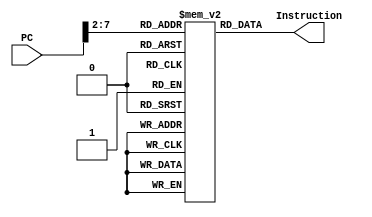
`timescale 1ns / 1ps
//////////////////////////////////////////////////////////////////////////////////
// Company: 
// Engineer: 
// 
// Design Name: 
// Module Name: IM
// Project Name: 
// Target Devices: 
// Tool Versions: 
// Description: 
// 
// Dependencies: 
// 
// Revision:
// Revision 0.01 - File Created
// Additional Comments:
// 
//////////////////////////////////////////////////////////////////////////////////


module IM(Instruction,PC);
output reg [31:0]Instruction;
input [31:0] PC;
wire [7:0] index;
reg [31:0] memory[0:63];
integer i;
initial begin
memory[0] = 32'b00100000000010000000000000100000; //addi $t0, $zero, 0x20
memory[1] = 32'b00100000000010010000000000110111; //addi $t1, $zero, 0x37
memory[2] = 32'b00000001000010011000000000100100; //and $s0, $t0, $t1
memory[3] = 32'b00000001000010011000000000100101; //or $s0, $t0, $t1
memory[4] = 32'b10101100000100000000000000000100; //sw $s0, 4($zero)
memory[5] = 32'b10101100000010000000000000001000; //sw $t0, 8($zero)
memory[6] = 32'b00000001000010011000100000100000; //add $s1, $t0, $t1
memory[7] = 32'b00000001000010011001000000100010; //sub $s2, $t0, $t1
memory[8] = 32'b00010010001100100000000000001001; //beq $s1, $s2, error0
memory[9] = 32'b10001100000100010000000000000100; //lw $s1, 4($zero)
memory[10]= 32'b00110010001100100000000001001000; //andi $s2, $s1, 0x48
memory[11] =32'b00010010001100100000000000001001; //beq $s1, $s2, error1
memory[12] =32'b10001100000100110000000000001000; //lw $s3, 8($zero)
memory[13] =32'b00010010000100110000000000001010; //beq $s0, $s3, error2
memory[14] =32'b00000010010100011010000000101010; //slt $s4, $s2, $s1 (Last)
memory[15] =32'b00010010100000000000000000001111; //beq $s4, $0, EXIT
memory[16] =32'b00000010001000001001000000100000; //add $s2, $s1, $0
memory[17] =32'b00001000000000000000000000001110; //j Last
memory[18] =32'b00100000000010000000000000000000; //addi $t0, $0, 0(error0)
memory[19] =32'b00100000000010010000000000000000; //addi $t1, $0, 0
memory[20] =32'b00001000000000000000000000011111; //j EXIT
memory[21] =32'b00100000000010000000000000000001; //addi $t0, $0, 1(error1)
memory[22] =32'b00100000000010010000000000000001; //addi $t1, $0, 1
memory[23] =32'b00001000000000000000000000011111; //j EXIT
memory[24] =32'b00100000000010000000000000000010; //addi $t0, $0, 2(error2)
memory[25] =32'b00100000000010010000000000000010; //addi $t1, $0, 2
memory[26] =32'b00001000000000000000000000011111; //j EXIT
memory[27] =32'b00100000000010000000000000000011; //addi $t0, $0, 3(error3)
memory[28] =32'b00100000000010010000000000000011; //addi $t1, $0, 3
memory[29] =32'b00001000000000000000000000011111; //j EXIT
for(i=30;i<64;i=i+1) memory[i] <= 32'd0; 
end
assign index = PC[9:2];
always @(PC)
begin
Instruction <= memory[index];
end
//$display("the instruction now is %d", Instruction);
endmodule